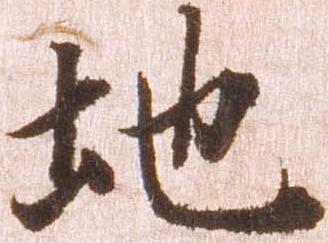
地